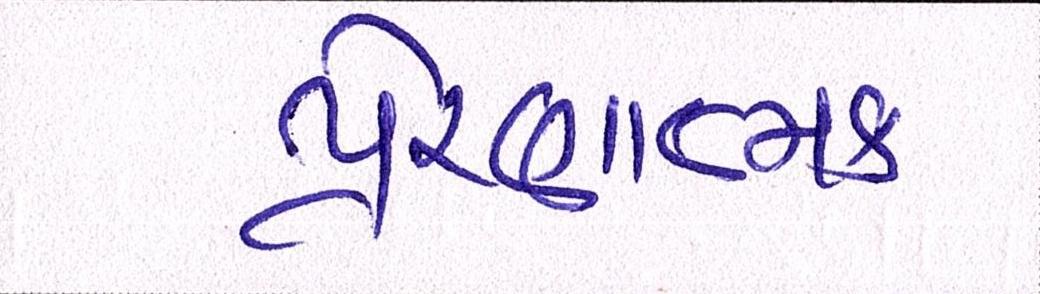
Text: પ્રેરણાત્મક